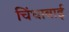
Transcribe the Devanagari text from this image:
चिंधाबाई